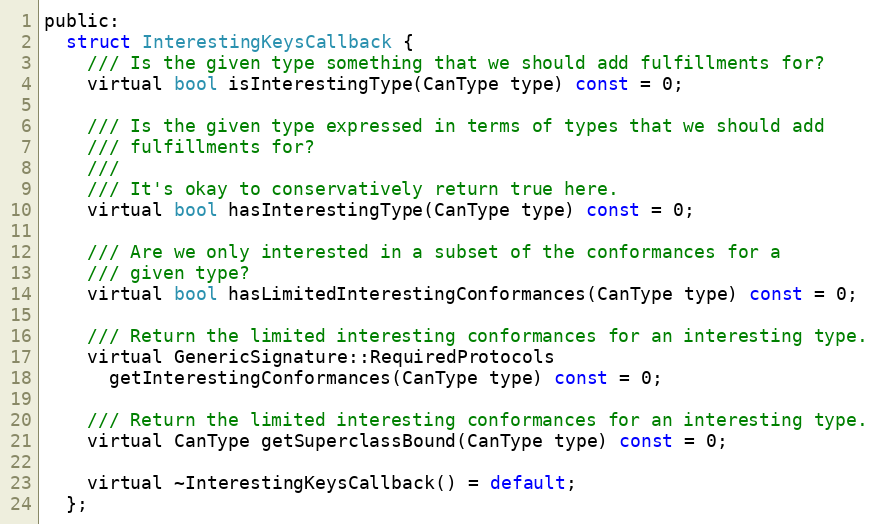
Language: C
public:
  struct InterestingKeysCallback {
    /// Is the given type something that we should add fulfillments for?
    virtual bool isInterestingType(CanType type) const = 0;

    /// Is the given type expressed in terms of types that we should add
    /// fulfillments for?
    ///
    /// It's okay to conservatively return true here.
    virtual bool hasInterestingType(CanType type) const = 0;

    /// Are we only interested in a subset of the conformances for a
    /// given type?
    virtual bool hasLimitedInterestingConformances(CanType type) const = 0;

    /// Return the limited interesting conformances for an interesting type.
    virtual GenericSignature::RequiredProtocols
      getInterestingConformances(CanType type) const = 0;

    /// Return the limited interesting conformances for an interesting type.
    virtual CanType getSuperclassBound(CanType type) const = 0;

    virtual ~InterestingKeysCallback() = default;
  };